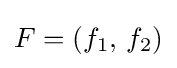
F=\left(f_{1},\,f_{2}\right)